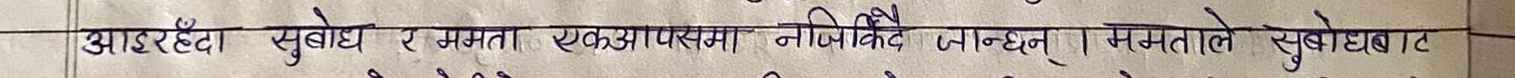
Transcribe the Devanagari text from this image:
आडरहँदा सुबोध र ममता एकापसमा नजिकिदै जान्छन्। ममताले सुबोधबाट